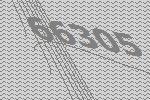
66305